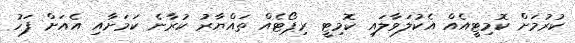
ކުރުމަށް ކޮމިޓީއެއް އެކުލަވާލައި ކޮމިޓީ ރިޕޯޓެއް ތައްޔާރު ކުރާނެ ކަމަށާއި އެއަށް ފަހު